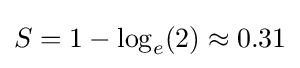
S=1-\log _{e}(2)\approx 0.31